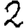
Digit: 2